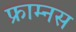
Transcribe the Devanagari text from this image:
फ्राम्नस